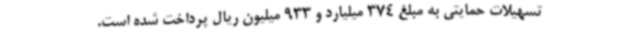
تسهیلات حمایتی به مبلغ 374 میلیارد و 933 میلیون ریال پرداخت شده است.